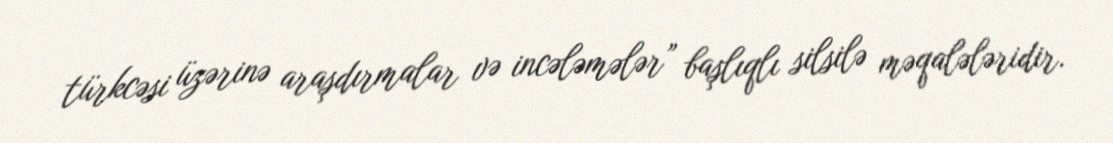
türkcəsi üzərinə araşdırmalar və incələmələr” başlıqlı silsilə məqalələridir.